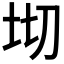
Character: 𭎄